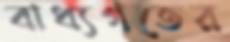
বাধ্যগতের